Indian journal of veterinary science and animal husbandry - Volume 12,
Year: 1942
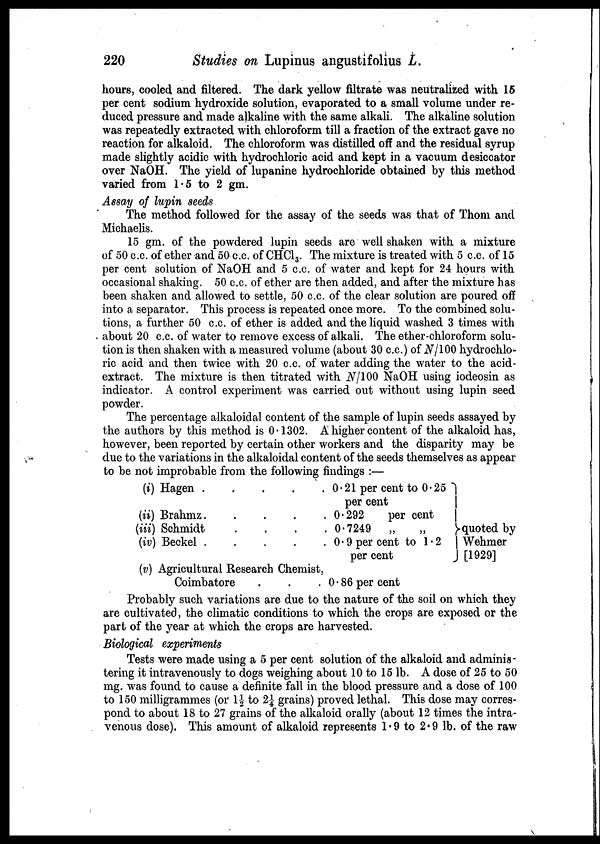
220
Studies on Lupinus angustifolius L.
hours, cooled and filtered. The dark yellow filtrate was neutralized with 15
per cent sodium hydroxide solution, evaporated to a small volume under re-
duced pressure and made alkaline with the same alkali. The alkaline solution
was repeatedly extracted with chloroform till a fraction of the extract gave no
reaction for alkaloid. The chloroform was distilled off and the residual syrup
made slightly acidic with hydrochloric acid and kept in a vacuum desiccator
over NaOH. The yield of lupanine hydrochloride obtained by this method
varied from 1.5 to 2 gm.
Assay of lupin seeds
The method followed for the assay of the seeds was that of Thom and
Michaelis.
15 gm. of the powdered lupin seeds are well shaken with a mixture
of 50 c.c. of ether and 50 c.c. of CHC1 3 . The mixture is treated with 5 c.c. of 15
per cent solution of NaOH and 5 c.c. of water and kept for 24 hours with
occasional shaking. 50 c.c. of ether are then added, and after the mixture has
been shaken and allowed to settle, 50 c.c. of the clear solution are poured off
into a separator. This process is repeated once more. To the combined solu-
tions, a further 50 c.c. of ether is added and the liquid washed 3 times with
about 20 c.c. of water to remove excess of alkali. The ether-chloroform solu-
tion is then shaken with a measured volume (about 30 c.c.) of N/100 hydrochlo-
ric acid and then twice with 20 c.c. of water adding the water to the acid-
extract. The mixture is then titrated with N/100 NaOH using iodeosin as
indicator. A control experiment was carried out without using lupin seed
powder.
The percentage alkaloidal content of the sample of lupin seeds assayed by
the authors by this method is 0.1302. A higher content of the alkaloid has,
however, been reported by certain other workers and the disparity may be
due to the variations in the alkaloidal content of the seeds themselves as appear
to be not improbable from the following findings :—
(i) Hagen
.
.
.
.
.
(ii) Brahmz
.
.
.
.
.
(iii) Schmidt . . . . .
(iv) Beckel . . . . .
(v) Agricultural Research Chemist,
Coimbatore . . .
0.21 per cent to 0.25
per cent
0.292
per cent
0.7249 „ „
0.9 per cent to 1.2
per cent
0.86 per cent
quoted by
Wehmer
[1929]
Probably such variations are due to the nature of the soil on which they
are cultivated, the climatic conditions to which the crops are exposed or the
part of the year at which the crops are harvested.
Biological experiments
Tests were made using a 5 per cent solution of the alkaloid and adminis-
tering it intravenously to dogs weighing about 10 to 15 lb. A dose of 25 to 50
mg. was found to cause a definite fall in the blood pressure and a dose of 100
to 150 milligrammes (or 1½ to 2¼ grains) proved lethal. This dose may corres-
pond to about 18 to 27 grains of the alkaloid orally (about 12 times the intra-
venous dose). This amount of alkaloid represents 1.9 to 2.9 lb. of the raw